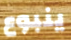
ينبوع